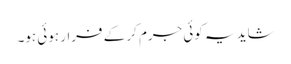
شاید یہ کوئی جرم کر کے فرار ہوئی ہو۔